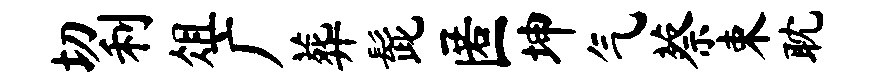
切利俎广葬髭匿坤气蔡束耽